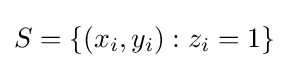
S=\{(x_{i},y_{i}):z_{i}=1\}